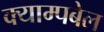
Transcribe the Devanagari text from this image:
क्याम्पबेल